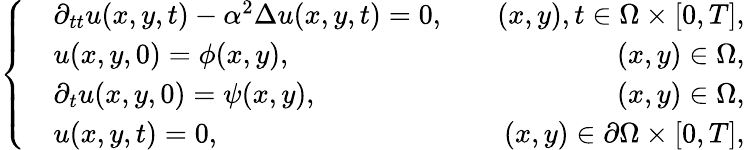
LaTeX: \left\{ \begin{array}{rlr}&{\partial_{tt}u(x,y,t)-\alpha^{2}\Delta u(x,y,t)=0,}&{\quad(x,y),t\in\Omega\times[0,T],}\\ &{u(x,y,0)=\phi(x,y),}&{\quad(x,y)\in\Omega,}\\ &{\partial_{t}u(x,y,0)=\psi(x,y),}&{\quad(x,y)\in\Omega,}\\ &{u(x,y,t)=0,}&{\quad(x,y)\in\partial\Omega\times[0,T],}\end{array}\right.